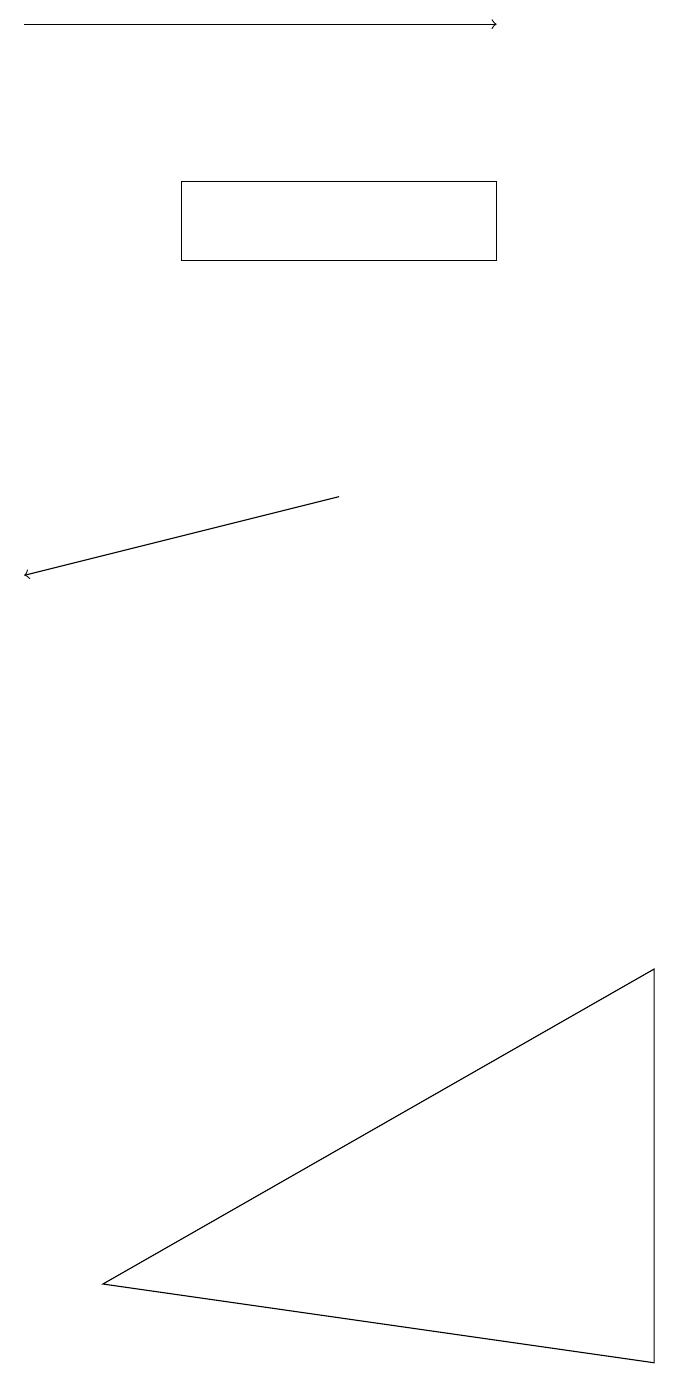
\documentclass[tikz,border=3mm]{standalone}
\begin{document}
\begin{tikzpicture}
\draw (3,15) rectangle (7,14);
\draw[->] (1,17) -- (7,17);
\draw (9,5) -- (9,0) -- (2,1) -- cycle;
\draw[->] (5,11) -- (1,10);
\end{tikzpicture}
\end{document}